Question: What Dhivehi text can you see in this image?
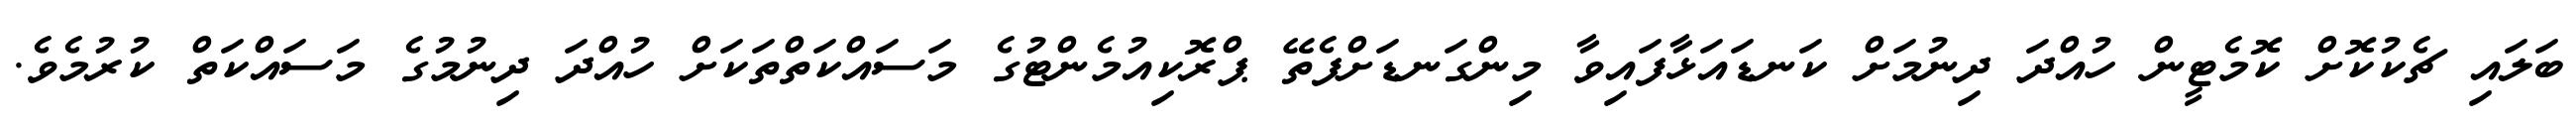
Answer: ބަލައި ޗެކުކޮށް ކޮމެޓީން ހުއްދަ ދިނުމަށް ކަނޑައަޅާފައިވާ މިންގަނޑަށްފެތޭ ޕްރޮކިއުމެންޓުގެ މަސައްކަތްތަކަށް ހުއްދަ ދިނުމުގެ މަސައްކަތް ކުރުމެވެ.